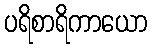
ပရိစာရိကာယော